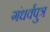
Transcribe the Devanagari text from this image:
गंधर्वपुत्र